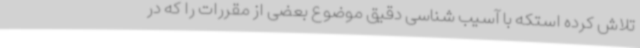
تلاش کرده استکه با آسیب شناسی دقیق موضوع بعضی از مقررات را که در